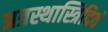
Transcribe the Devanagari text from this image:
अत्रस्थास्त्रिदिवं